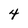
Character: 4